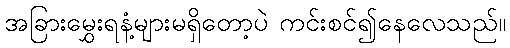
အခြားမွှေးရနံ့များမရှိတော့ပဲ ကင်းစင်၍နေလေသည်။